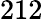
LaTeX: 212